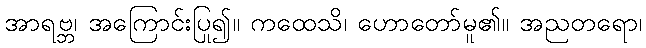
အာရဗ္ဘ၊ အကြောင်းပြု၍။ ကထေသိ၊ ဟောတော်မူ၏။ အညတရော၊